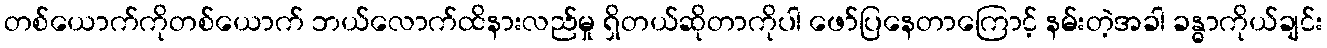
တစ်ယောက်ကိုတစ်ယောက် ဘယ်လောက်ထိနားလည်မှု ရှိတယ်ဆိုတာကိုပါ ဖော်ပြနေတာကြောင့် နမ်းတဲ့အခါ ခန္ဓာကိုယ်ချင်း